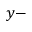
y -